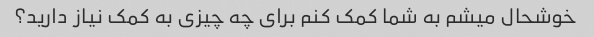
خوشحال میشم به شما کمک کنم برای چه چیزی به کمک نیاز دارید؟